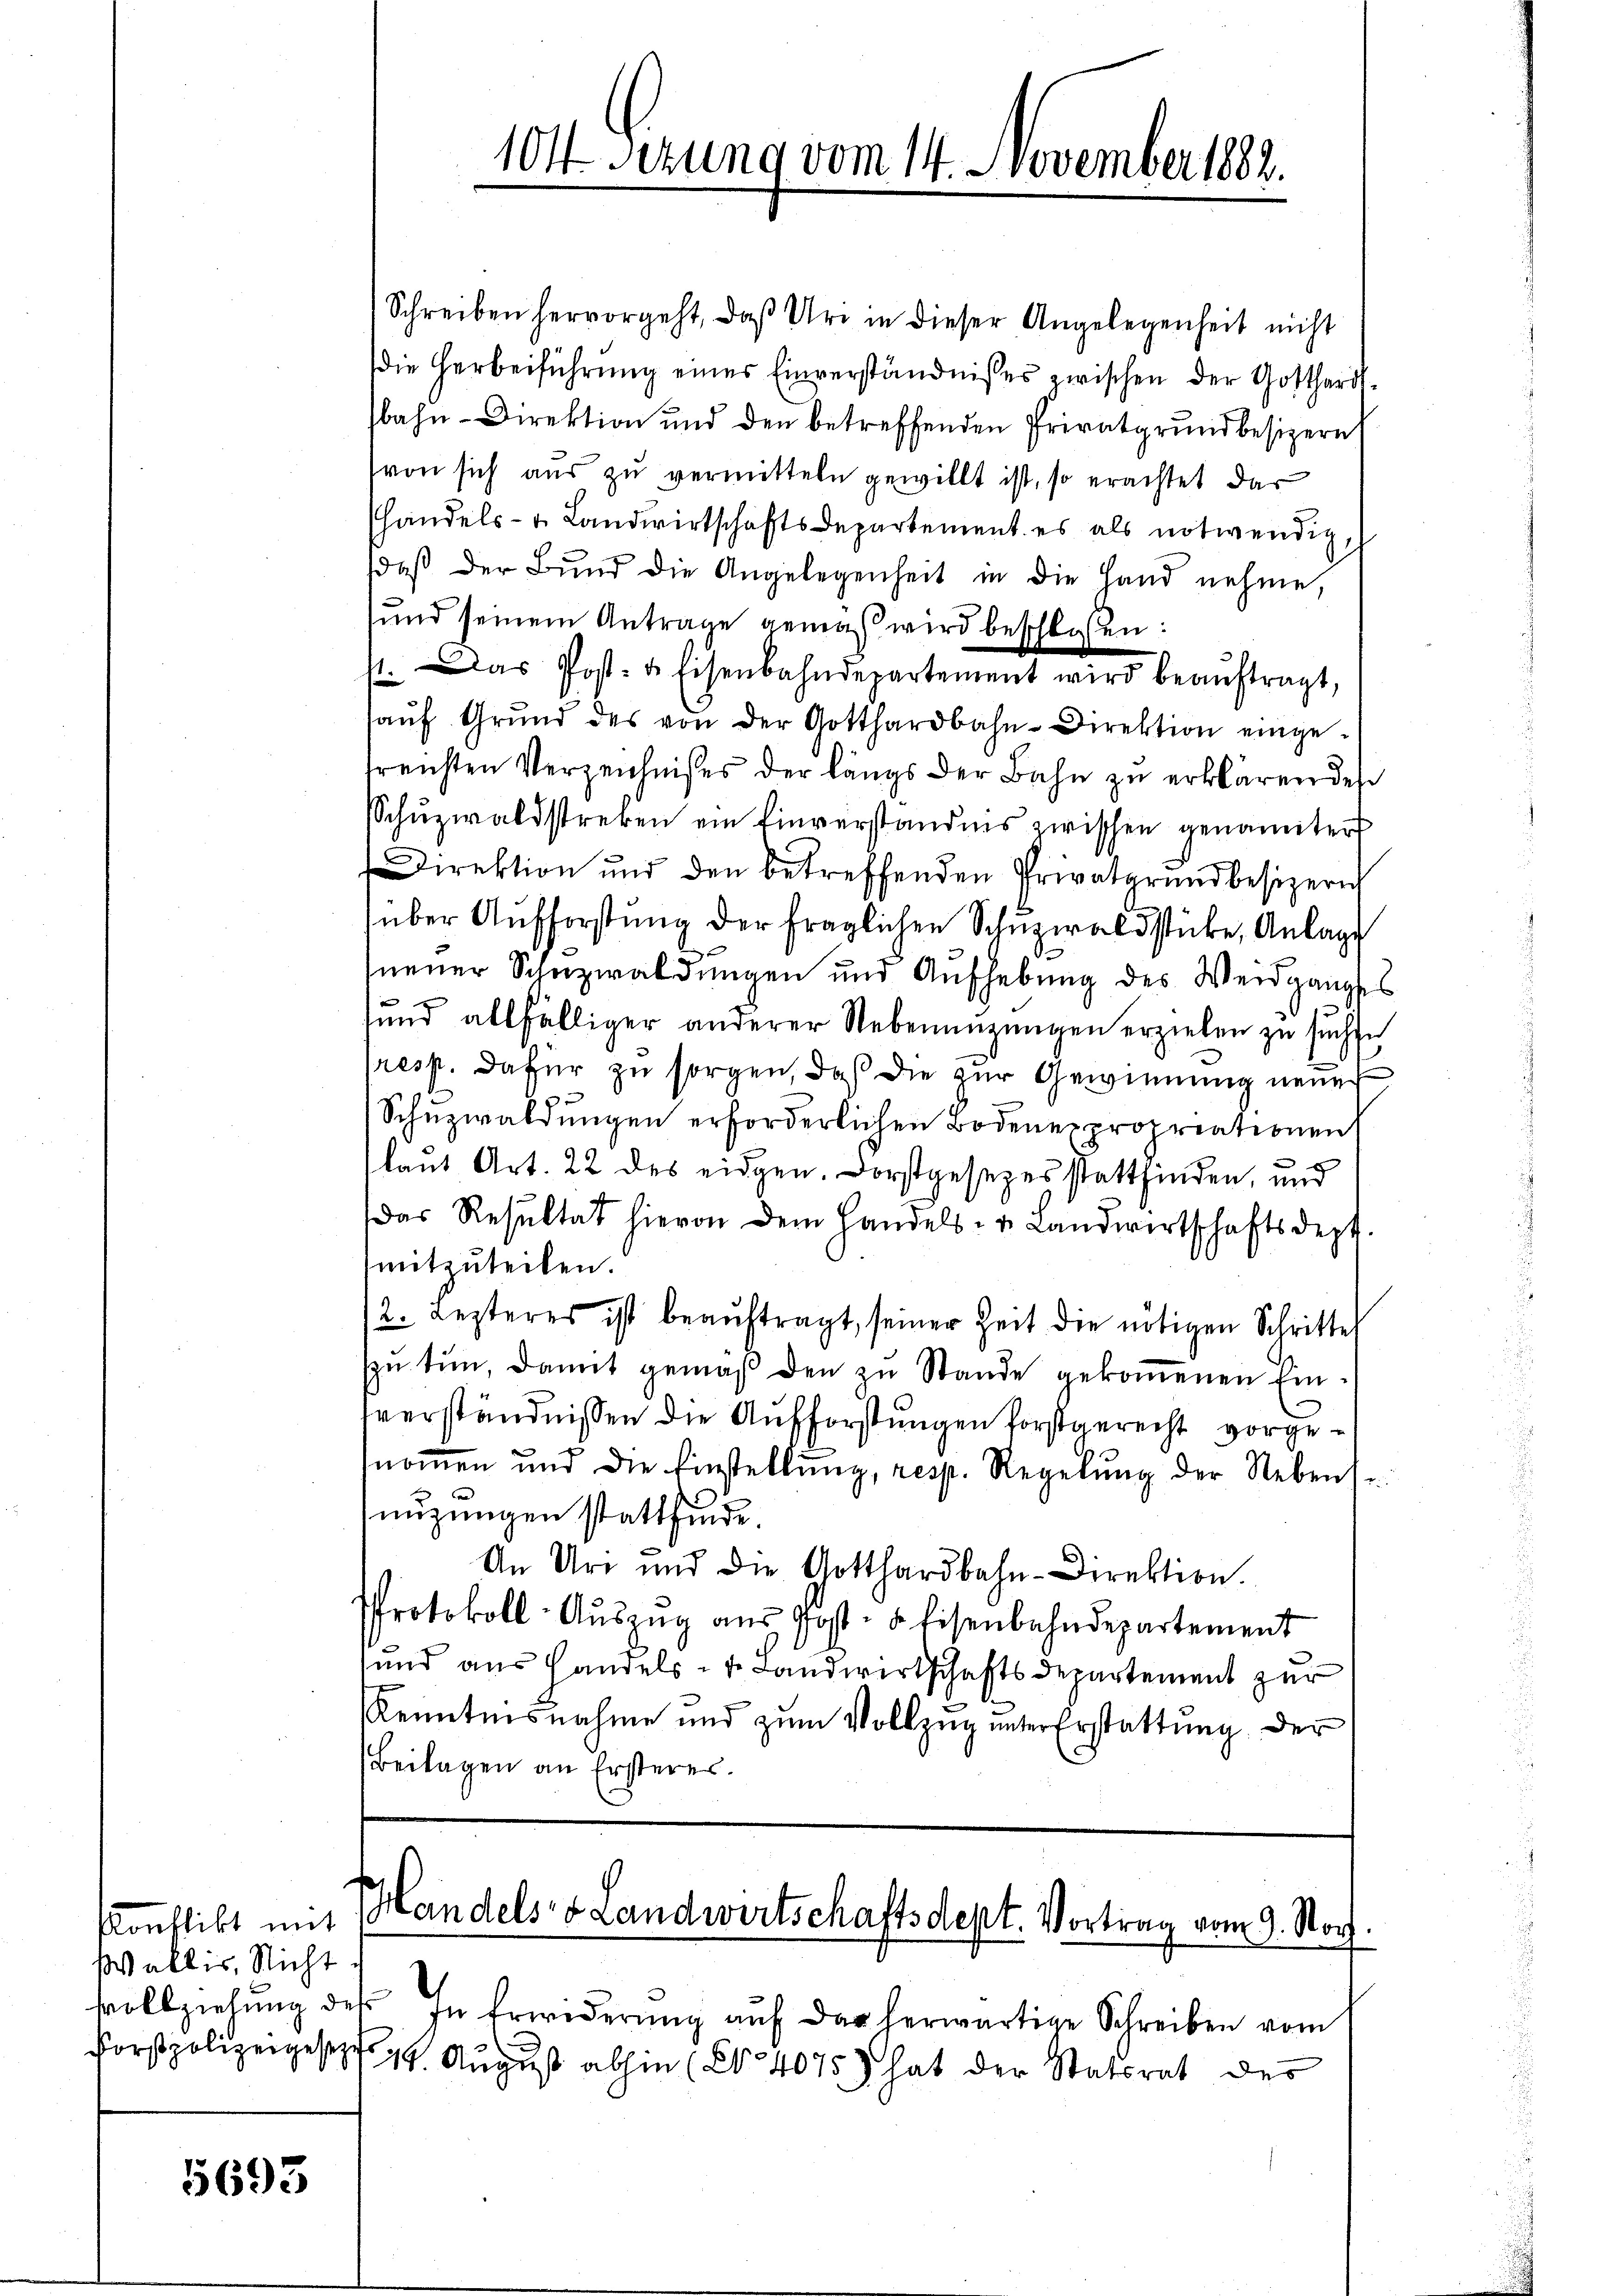
Konflikt mit
Wallis, Nicht.

1693

Schreiben hervorgeht, daβ Uri in dieser Angelegenheit nicht
die Herbeiführŭng eines Einverständnisses zwischen der Gotthardsbahn-Direktion und den betreffenden Privatgrŭndbesizern
(von sich aus zu vermitteln gewillt ist, so erachtet dar
handels- u. Landwirtschaftsdepartement es als notwendig
daβ der Bŭnd die Angelegenheit in die Hand nehme,
sund seinem Antrage gemäß wird beschloßen:
st. Das Post- & Eisenbahndepartement wird beaŭftragt,
haŭf Grŭnd des von der Gotthardbahn-Direktion einge-
freichten Verzeichnisses der längs der Bahn zu erklären des
Schŭzwaldstreben ein Einverständnis zwischen genannter
Direktion und den betreffenden Privatgrundbesizerich
über Aufforstung der fraglichen Schüzwaldstücke, Anlage
neuer Schuzwaldungen und Aufhebung des Weidganges
sund allfälliger anderer Nebennuzungen erzielen zu suchte
resp. dafür zu sorgen, daß die zur Gewinnung neue
Schŭzwaldungen erforderlichen Bodenexpropriationen
laut Art. 22 des eidgen. Forstgesezes stattfinden, und
das Resultat hievon dem Handels- u. Landwirtschaftsdept.
mitzuteilen.
2. Lezteres ist beaŭftragt, seiner Zeit die nötigen Schritte
zŭ tun, damit gemäβ den zu Stande gekommenen Eintverständnissen die Aufforstungen vorstgerecht vorgenommen und die Einstellŭng, resp. Regelŭng der Nebens-
nuzungen stattfinde.
An Uri und die Gotthardbahn-Direktion.
Protokoll-Aŭszŭg aŭs Post- & Eisenbahndepartement
und aus Handels u. Landwirtschaftsdepartement zur
Kenntnisnahme und zŭm Vollzug unter Erstattung der
Beilagen an Ersteres.

104. Sezung vom 14. November 1888.

Handels- & Landwirtschaftsdept. Vortrag vom 9. Norz.

vollziehŭng des In Erwiderŭng aŭf der herwärtige Schreiben vom
s
forstpolizeiges 14. August abhin (S. 4075) hat der Statsrat des